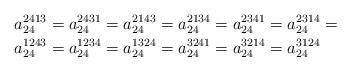
LaTeX: \begin{align*}a_{24}^{2413} & =a_{24}^{2431}=a_{24}^{2143}=a_{24}^{2134}=a_{24}^{2341}=a_{24}^{2314}=\\a_{24}^{1243} & =a_{24}^{1234}=a_{24}^{1324}=a_{24}^{3241}=a_{24}^{3214}=a_{24}^{3124}\end{align*}